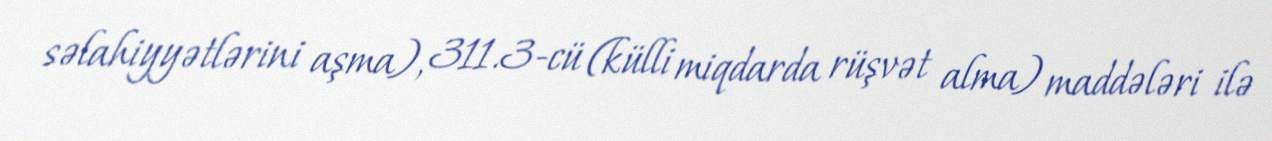
səlahiyyətlərini aşma), 311.3-cü (külli miqdarda rüşvət alma) maddələri ilə